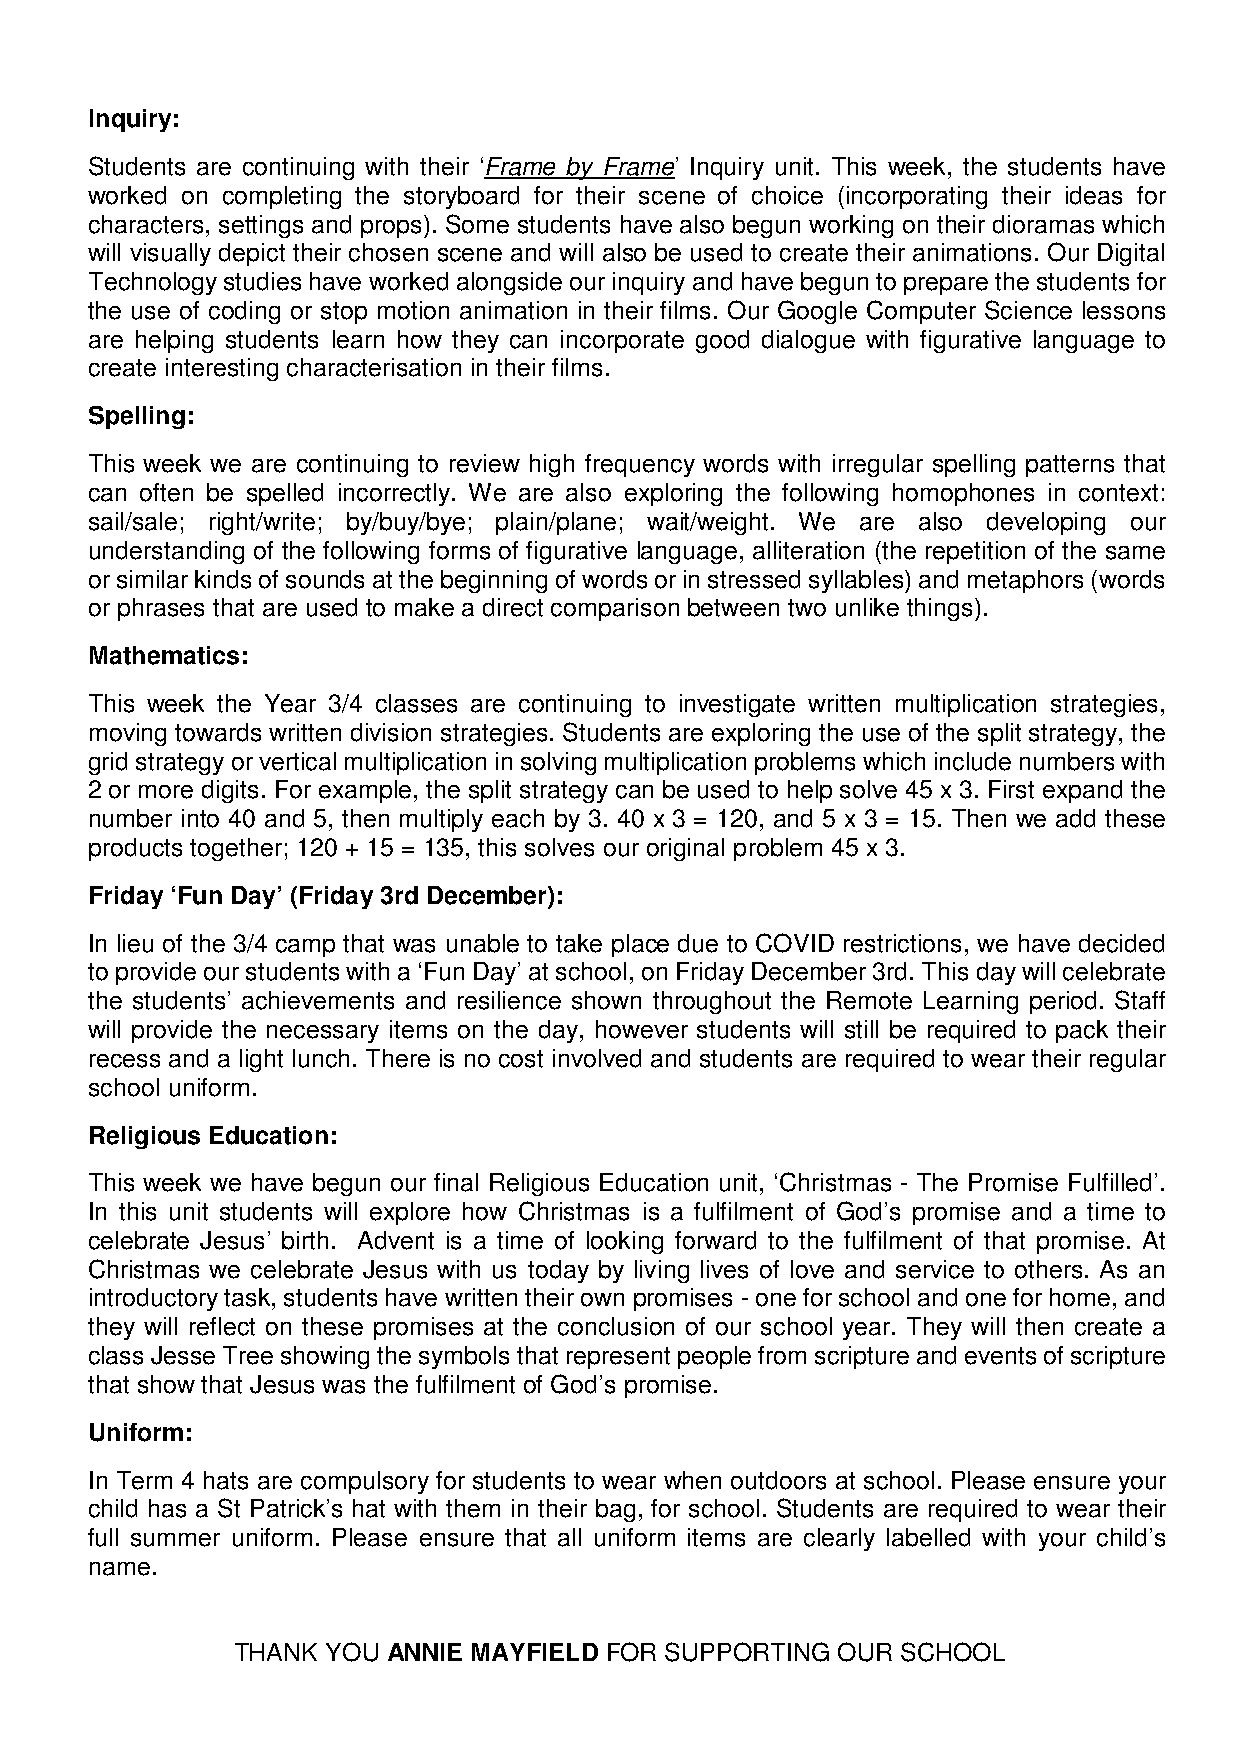
Inquiry:
 Students are continuing with their ‘Frame by Frame’ Inquiry unit. This week, the students have
 worked on completing the storyboard for their scene of choice (incorporating their ideas for
 characters, settings and props). Some students have also begun working on their dioramas which
 will visually depict their chosen scene and will also be used to create their animations. Our Digital
 Technology studies have worked alongside our inquiry and have begun to prepare the students for
 the use of coding or stop motion animation in their films. Our Google Computer Science lessons
 are helping students learn how they can incorporate good dialogue with figurative language to
 create interesting characterisation in their films.
 Spelling:
 This week we are continuing to review high frequency words with irregular spelling patterns that
 can often be spelled incorrectly. We are also exploring the following homophones in context:
 sail/sale; right/write; by/buy/bye; plain/plane; wait/weight. We are also developing our
 understanding of the following forms of figurative language, alliteration (the repetition of the same
 or similar kinds of sounds at the beginning of words or in stressed syllables) and metaphors (words
 or phrases that are used to make a direct comparison between two unlike things).
 Mathematics:
 This week the Year 3/4 classes are continuing to investigate written multiplication strategies,
 moving towards written division strategies. Students are exploring the use of the split strategy, the
 grid strategy or vertical multiplication in solving multiplication problems which include numbers with
 2 or more digits. For example, the split strategy can be used to help solve 45 x 3. First expand the
 number into 40 and 5, then multiply each by 3. 40 x 3 = 120, and 5 x 3 = 15. Then we add these
 products together; 120 + 15 = 135, this solves our original problem 45 x 3.
 Friday ‘Fun Day’ (Friday 3rd December):
 In lieu of the 3/4 camp that was unable to take place due to COVID restrictions, we have decided
 to provide our students with a ‘Fun Day’ at school, on Friday December 3rd. This day will celebrate
 the students’ achievements and resilience shown throughout the Remote Learning period. Staff
 will provide the necessary items on the day, however students will still be required to pack their
 recess and a light lunch. There is no cost involved and students are required to wear their regular
 school uniform.
 Religious Education:
 This week we have begun our final Religious Education unit, ‘Christmas - The Promise Fulfilled’.
 In this unit students will explore how Christmas is a fulfilment of God’s promise and a time to
 celebrate Jesus’ birth. Advent is a time of looking forward to the fulfilment of that promise. At
 Christmas we celebrate Jesus with us today by living lives of love and service to others. As an
 introductory task, students have written their own promises - one for school and one for home, and
 they will reflect on these promises at the conclusion of our school year. They will then create a
 class Jesse Tree showing the symbols that represent people from scripture and events of scripture
 that show that Jesus was the fulfilment of God’s promise.
 Uniform:
 In Term 4 hats are compulsory for students to wear when outdoors at school. Please ensure your
 child has a St Patrick’s hat with them in their bag, for school. Students are required to wear their
 full summer uniform. Please ensure that all uniform items are clearly labelled with your child’s
 name.
 THANK  YOU ANNIE MAYFIELD FOR SUPPORTING OUR SCHOOL